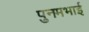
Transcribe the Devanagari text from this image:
पुनमभाई